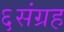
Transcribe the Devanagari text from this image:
६संग्रह